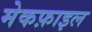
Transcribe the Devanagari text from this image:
मेकफ़ाइल